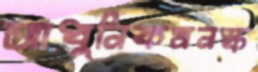
আধুনিকমনস্ক